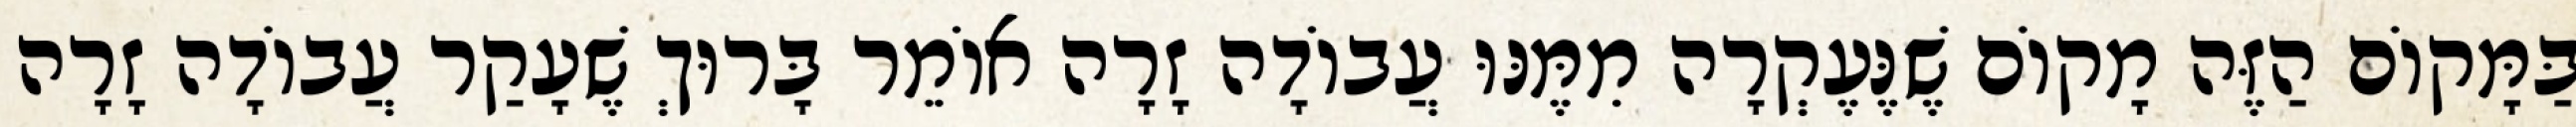
בַּמָּקוֹם הַזֶּה מָקוֹם שֶׁנֶּעֶקְרָה מִמֶּנּוּ עֲבוֹדָה זָרָה אוֹמֵר בָּרוּךְ שֶׁעָקַר עֲבוֹדָה זָרָה